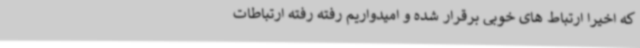
که اخیرا ارتباط های خوبی برقرار شده و امیدواریم رفته رفته ارتباطات